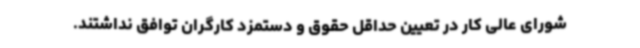
شورای عالی کار در تعیین حداقل حقوق و دستمزد کارگران توافق نداشتند.